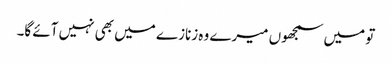
تو میں سمجھوں میرے وہ زنازے میں بھی نہیں آئے گا۔